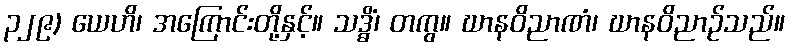
၃၂၉) ယေဟိ၊ အကြောင်းတို့နှင့်။ သဒ္ဓိံ၊ တကွ။ ဃာနဝိညာဏံ၊ ဃာနဝိညာဉ်သည်။